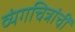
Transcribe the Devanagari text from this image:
व्यंगचित्रांचीं